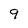
Character: 9